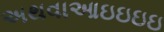
અથવાઆઇઇઇઇ